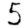
Digit: 5